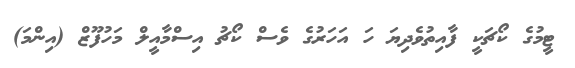
ޓީމުގެ ކޯޗަކީ ފާއިތުވެދިޔަ ހަ އަހަރުގެ ވެސް ކޯޗު އިސްމާއީލް މަހުފޫޒް (އިންމަ)